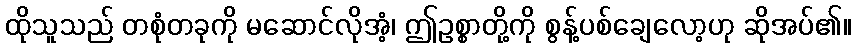
ထိုသူသည် တစုံတခုကို မဆောင်လိုအံ့၊ ဤဥစ္စာတို့ကို စွန့်ပစ်ချေလော့ဟု ဆိုအပ်၏။